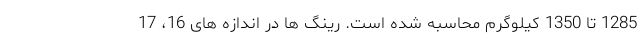
1285 تا 1350 کیلوگرم محاسبه شده است. رینگ ها در اندازه های 16، 17